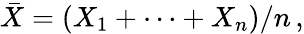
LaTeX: {\bar{X}}=(X_{1}+\cdots+X_{n})/n\, ,